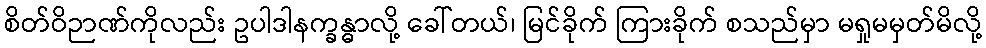
စိတ်ဝိဉာဏ်ကိုလည်း ဥပါဒါနက္ခန္ဓာလို့ ခေါ်တယ်၊ မြင်ခိုက် ကြားခိုက် စသည်မှာ မရှုမမှတ်မိလို့